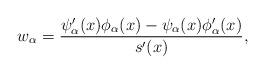
LaTeX: \begin{align*}w_{\alpha}=\frac{\psi'_{\alpha}(x)\phi_{\alpha}(x)-\psi_{\alpha}(x)\phi'_{\alpha}(x)}{s'(x)},\end{align*}